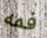
فمه